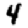
Digit: 4